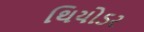
થિયોડર